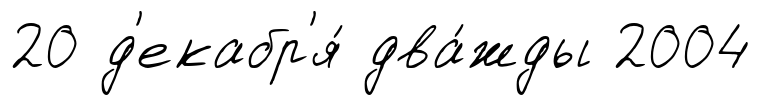
20 д'екабр'я́ два́жды 2004